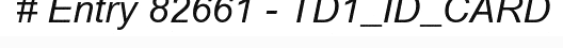
# Entry 82661 - TD1_ID_CARD